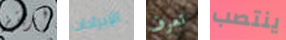
فريتز الإيرادات تعرف ينتصب